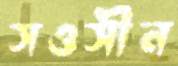
সওসীন